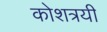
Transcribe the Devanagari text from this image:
कोशत्रयी